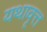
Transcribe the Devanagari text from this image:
यथावृत्त